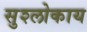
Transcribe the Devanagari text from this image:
सुश्लोकाय